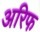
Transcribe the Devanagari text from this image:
अरिफ